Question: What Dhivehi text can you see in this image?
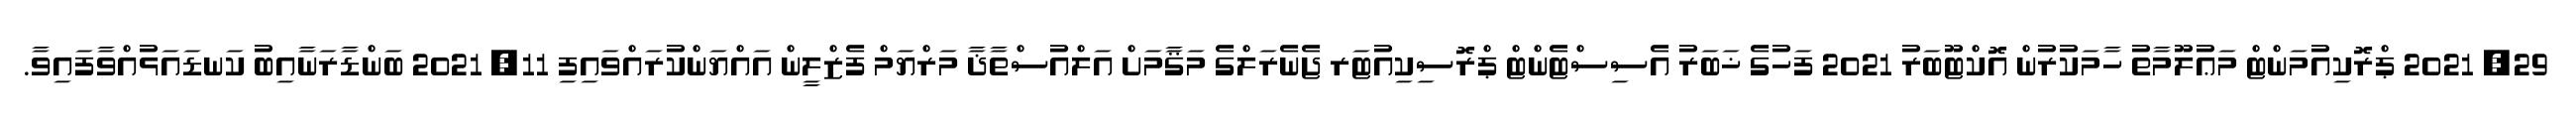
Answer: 29, 2021 ޕްރޮކިއުމަންޓް މަޢުލޫމާތު ހާމަކުރުން އޮކްޓޫބަރު 2021 ފަހުގެ ޚަބަރު އެސިސްޓެންޓް ޕްރޮސިކިއުޓަރ ޖެނެރަލްގެ މަޤާމަށް އަލްއުސްތާޛާ މަރްޔަމް ފެޒްލީން އައްޔަންކުރައްވައިފި 11, 2021 ބަންޑާރަނާއިބު ކަނޑައަޅުއްވާފައިވާ.